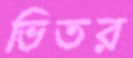
ভিতর